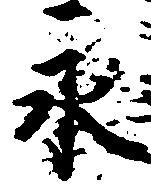
永